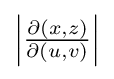
\left|{\tfrac {\partial (x,z)}{\partial (u,v)}}\right|